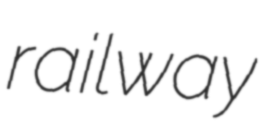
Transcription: railway